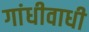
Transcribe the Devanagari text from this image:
गांधीवाधी